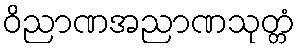
ဝိညာဏအညာဏသုတ္တံ